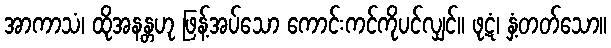
အာကာသံ၊ ထိုအနန္တဟု ဖြန့်အပ်သော ကောင်းကင်ကိုပင်လျှင်။ ဖုဋံ၊ နှံ့တတ်သော။